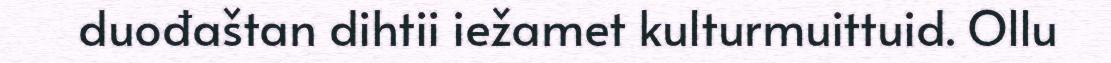
duođaštan dihtii iežamet kulturmuittuid. Ollu